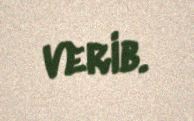
verib.